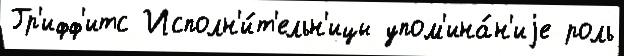
Гр'ифф'итс Исполн'и́т'ельн'ицы упом'ина́н'иjе роль